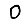
Digit: 0